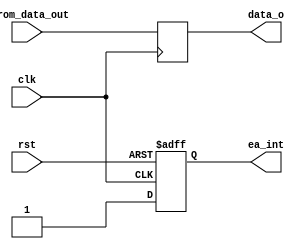
module oc8051_rom (rst, clk, ea_int, data_o, cxrom_data_out);

    input rst, clk;
    input [31:0] cxrom_data_out;
    output ea_int;
    output [31:0] data_o;
    

    reg [31:0] data_o;
    wire ea;

    reg ea_int;


    assign ea = 1'b0;

    always @(posedge clk or posedge rst)
      if (rst) ea_int <= #1 1'b1;
      else ea_int <= #1 !ea;

    always @(posedge clk)
    begin
      data_o <= #1 cxrom_data_out;
    end

endmodule